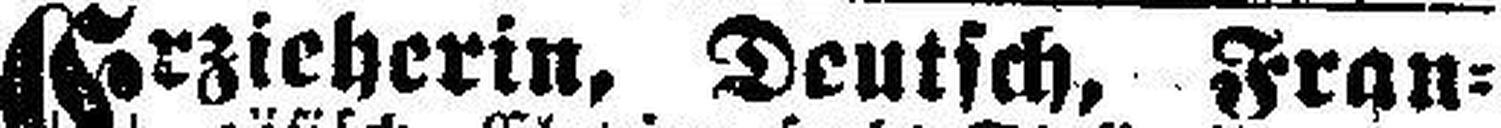
Erzieherin, Deutsch, Fran¬